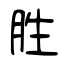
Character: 胜